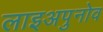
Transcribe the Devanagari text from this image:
लाइअपुनोव